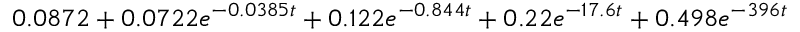
0 . 0 8 7 2 + 0 . 0 7 2 2 e ^ { - 0 . 0 3 8 5 t } + 0 . 1 2 2 e ^ { - 0 . 8 4 4 t } + 0 . 2 2 e ^ { - 1 7 . 6 t } + 0 . 4 9 8 e ^ { - 3 9 6 t }